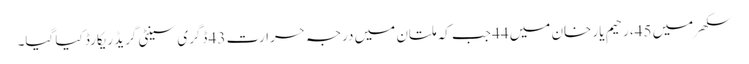
سکھر میں 45، رحیم یار خان میں 44 جب کہ ملتان میں درجہ حرارت 43 ڈگری سینٹی گریڈ ریکارڈ کیا گیا۔